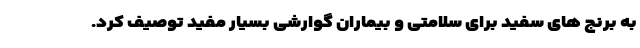
به برنج های سفید برای سلامتی و بیماران گوارشی بسیار مفید توصیف کرد.